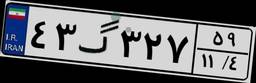
۳۰گ۰۹۰۲۸